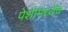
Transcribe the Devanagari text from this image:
पेशीमध्येच